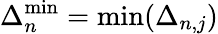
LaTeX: \Delta_{n}^{\mathrm{min}}=\operatorname*{min}(\Delta_{n,j})